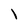
Character: I